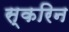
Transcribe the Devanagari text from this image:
स्करिन